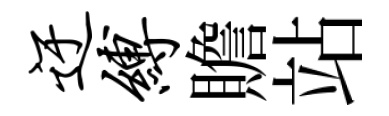
迂缚贍站